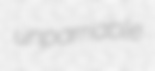
unparriable